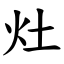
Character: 灶